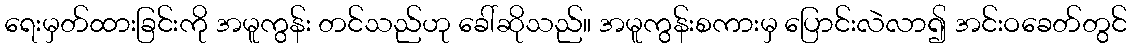
ရေးမှတ်ထားခြင်းကို အမူကွန်း တင်သည်ဟု ခေါ်ဆိုသည်။ အမူကွန်းစကားမှ ပြောင်းလဲလာ၍ အင်းဝခေတ်တွင်